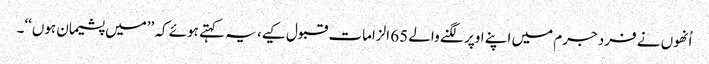
اُنھوں نے فرد جرم میں اپنے اوپر لگنے والے 65 الزامات قبول کیے، یہ کہتے ہوئے کہ ’’میں پشیمان ہوں‘‘۔